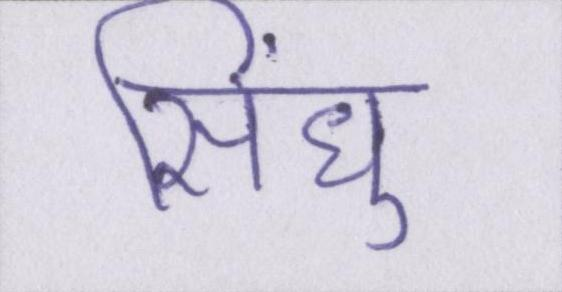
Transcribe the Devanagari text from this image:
सिंधु